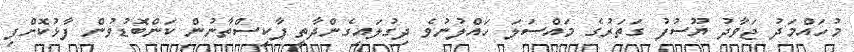
މުހައްމަދު ޖަވާދު ޔޫސުފު ގަތަރުގެ މައްސަލަ ހައްލުނުވެ ދިގުލައިގެންދާތީ ޕާކިސްތާނުން ކަންބޮޑުވުން ފާޅުކޮށްފި